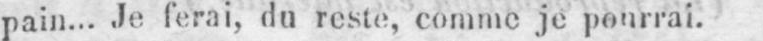
pain... Je ferai, du reste, comme je pourrai.